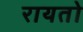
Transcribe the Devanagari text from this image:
रायतो